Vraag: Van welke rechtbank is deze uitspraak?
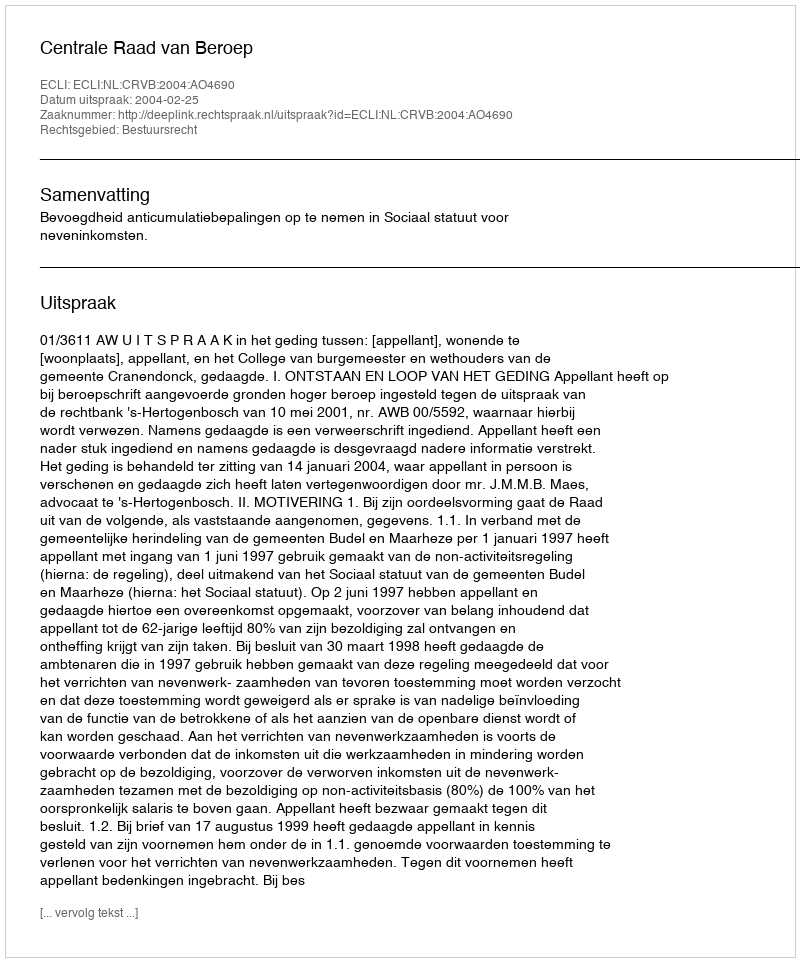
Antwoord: Centrale Raad van Beroep